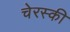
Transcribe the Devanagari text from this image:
चेरस्की